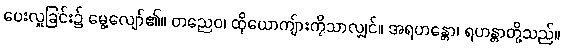
ပေးလှူခြင်း၌ မွေ့လျော်၏။ တညေဝ၊ ထိုယောကျ်ားကိုသာလျှင်။ အရဟန္တော၊ ရဟန္တာတို့သည်။